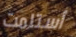
أستلمت